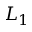
L _ { 1 }